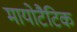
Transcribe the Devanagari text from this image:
मायोटैटिक